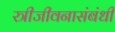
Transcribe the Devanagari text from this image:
स्त्रीजीवनासंबंधी